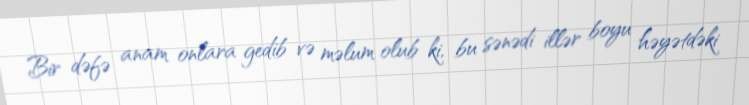
Bir dəfə anam onlara gedib və məlum olub ki, bu sənədi illər boyu həyətdəki